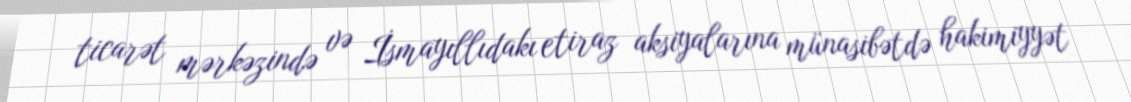
ticarət mərkəzində və İsmayıllıdakı etiraz aksiyalarına münasibətdə hakimiyyət